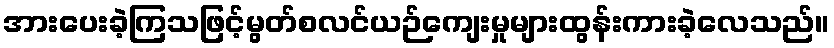
အားပေးခဲ့ကြသဖြင့်မွတ်စလင်ယဉ်ကျေးမှုများထွန်းကားခဲ့လေသည်။